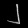
Digit: ၂